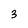
Character: 3